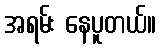
အရမ်း နေပူတယ်။